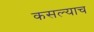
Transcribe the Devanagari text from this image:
कसल्याच